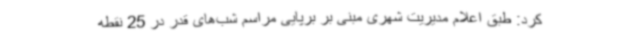
کرد: طبق اعلام مدیریت شهری مبنی بر برپایی مراسم شب‌های قدر در 25 نقطه